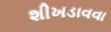
શીખડાવવા